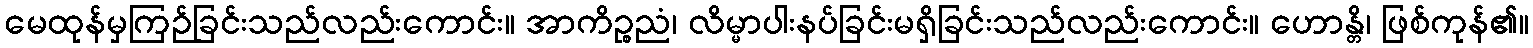
မေထုန်မှကြဉ်ခြင်းသည်လည်းကောင်း။ အာကိဉ္စညံ၊ လိမ္မာပါးနပ်ခြင်းမရှိခြင်းသည်လည်းကောင်း။ ဟောန္တိ၊ ဖြစ်ကုန်၏။